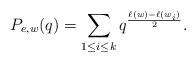
LaTeX: \begin{align*} P_{e,w}(q)=\sum_{1\leq i\leq k}q^{\frac{\ell(w)-\ell(w_i)}{2}}. \end{align*}